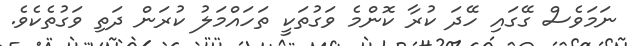
ނަމަވެސް ގޭގައި ހޭދަ ކުރާ ކޮންމެ ވަގުތަކީ ތަހައްމަލު ކުރަން ދަތި ވަގުތެކެވެ.